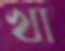
খা